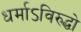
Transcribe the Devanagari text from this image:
धर्माऽविरुद्धो